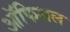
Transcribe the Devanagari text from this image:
ऑफिशल